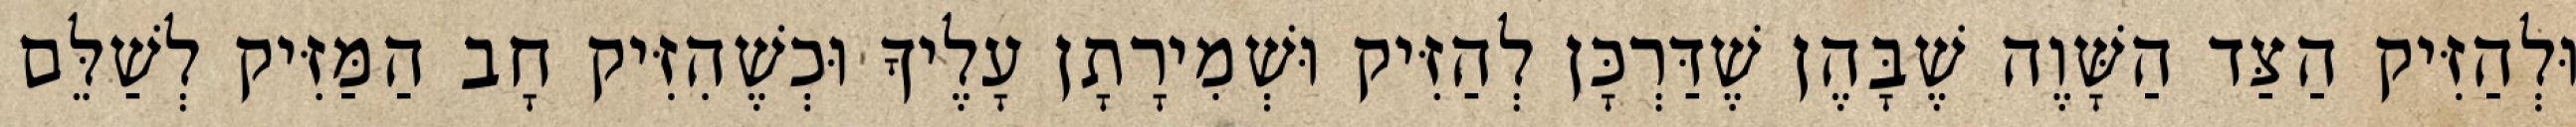
וּלְהַזִּיק הַצַּד הַשָּׁוֶה שֶׁבָּהֶן שֶׁדַּרְכָּן לְהַזִּיק וּשְׁמִירָתָן עָלֶיךָ וּכְשֶׁהִזִּיק חָב הַמַּזִּיק לְשַׁלֵּם